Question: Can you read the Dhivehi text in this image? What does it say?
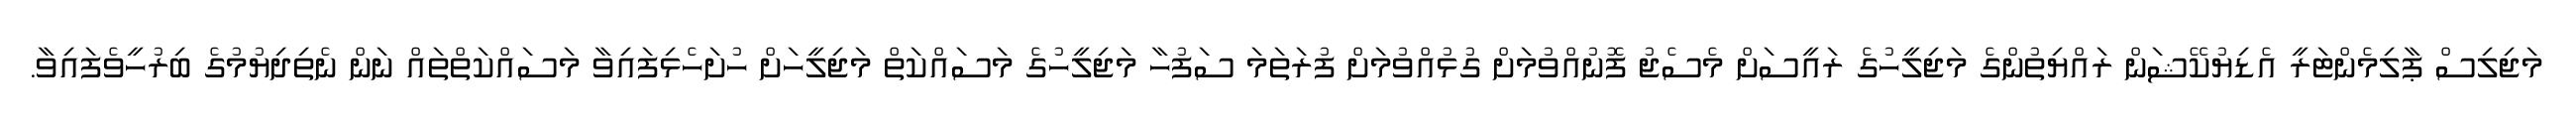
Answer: މަޖިލިސް ޕާލިމެންޓަރީ އެޑިޔުކޭޝަން ރައްޔިތުންގެ މަޖިލީހުގެ ރައީސަށް މެސެޖު ފޮނުއްވުމަށް ގުޅުއްވުމަށް ފުރަތަމަ ސަފުހާ މަޖިލީހުގެ މަސައްކަތް މަޖިލީހަށް ހުށަހެޅިފައިވާ މަސައްކަތްތައް ނަން ނެތިދިޔުމުގެ ބިރުހީވެފައިވާ.